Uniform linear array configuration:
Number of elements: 24
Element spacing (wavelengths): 0.25
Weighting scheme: cosine
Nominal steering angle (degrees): -45
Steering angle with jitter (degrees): -44.292
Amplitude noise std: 0.05
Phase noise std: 0.05

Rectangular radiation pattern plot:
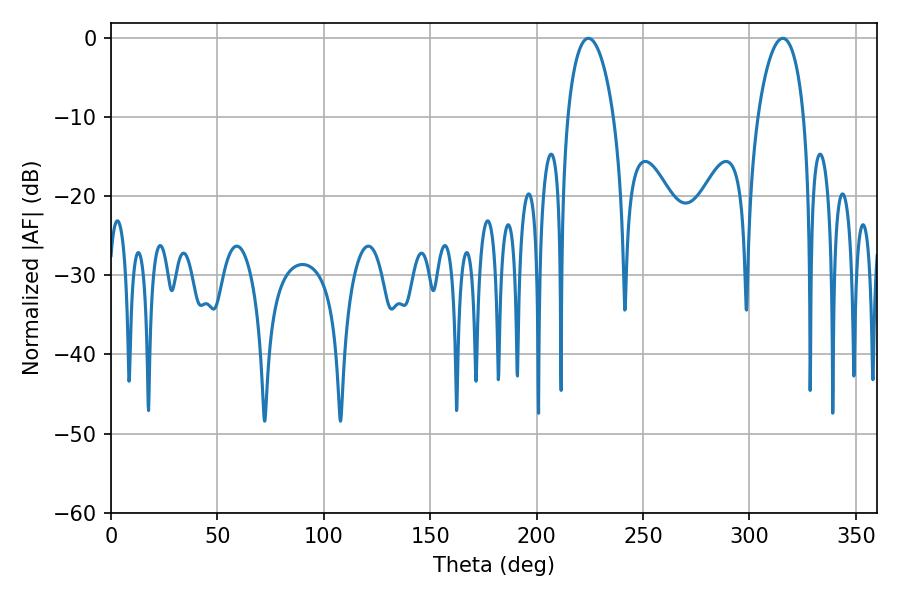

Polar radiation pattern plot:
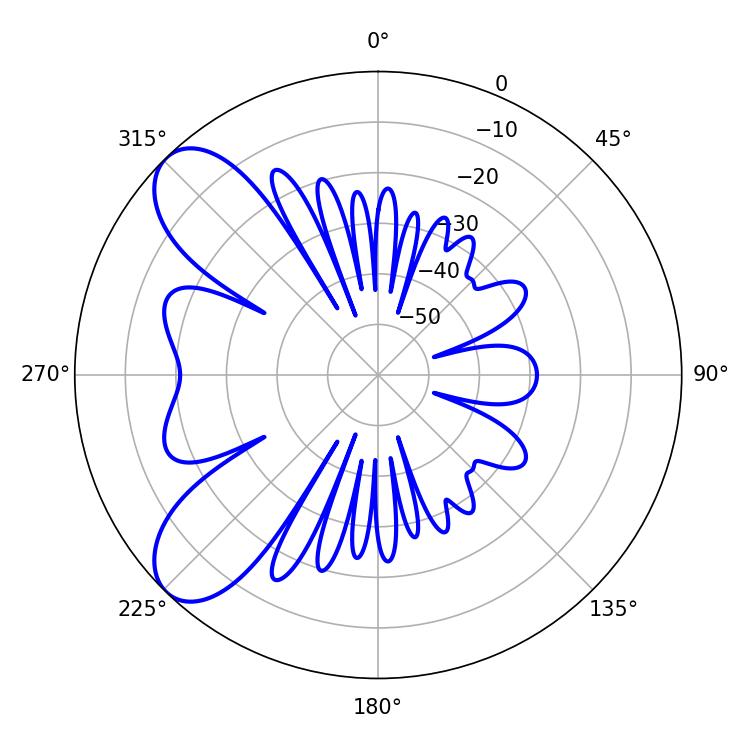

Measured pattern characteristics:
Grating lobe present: FALSE
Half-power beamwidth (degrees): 12.24
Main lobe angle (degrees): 224.28